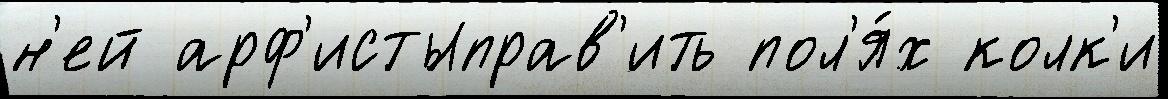
н'ей арф'истыправ'ить пол'я́х колк'и